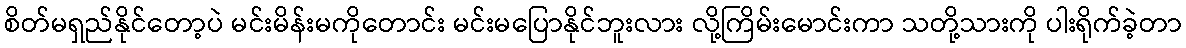
စိတ်မရှည်နိုင်တော့ပဲ မင်းမိန်းမကိုတောင်း မင်းမပြောနိုင်ဘူးလား လို့ကြိမ်းမောင်းကာ သတို့သားကို ပါးရိုက်ခဲ့တာ